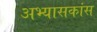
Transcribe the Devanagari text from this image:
अभ्यासकांस